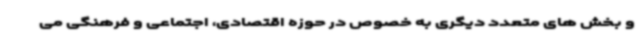
و بخش های متعدد دیگری به خصوص در حوزه اقتصادی، اجتماعی و فرهنگی می